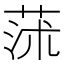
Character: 𦱈